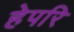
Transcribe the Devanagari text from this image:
हेपरि